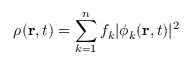
\rho ( { \bf r } , t ) = \sum _ { k = 1 } ^ { n } f _ { k } | \phi _ { k } ( { \bf r } , t ) | ^ { 2 }